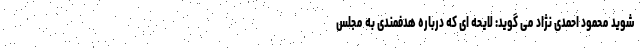
شوید محمود احمدی نژاد می گوید: لایحه ای که درباره هدفمندی به مجلس